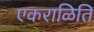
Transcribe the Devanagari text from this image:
एकराळिति